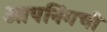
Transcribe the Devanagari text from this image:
ओपनिंगची